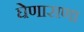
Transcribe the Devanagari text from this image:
घेणाराणा